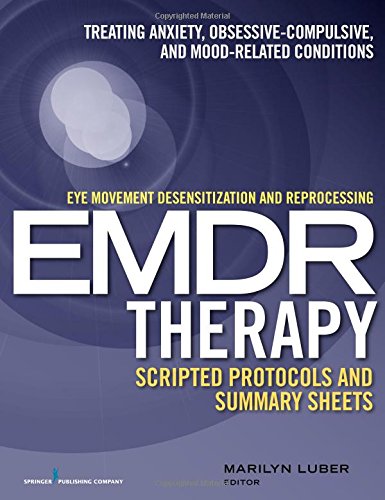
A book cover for Eye Movement Desensitization and Reprocessing (EMDR)Therapy Scripted Protocols and Summary Sheets: Treating Anxiety, Obsessive-Compulsive, and Mood-Related Conditions; Health, Fitness & Dieting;